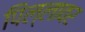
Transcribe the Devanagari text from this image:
पिल्लावर